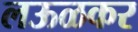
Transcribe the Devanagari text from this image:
लऊळकर